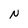
Character: N